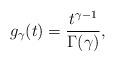
LaTeX: \begin{align*}g_{\gamma}(t) = \frac{t^{\gamma - 1}}{\Gamma(\gamma)},\end{align*}